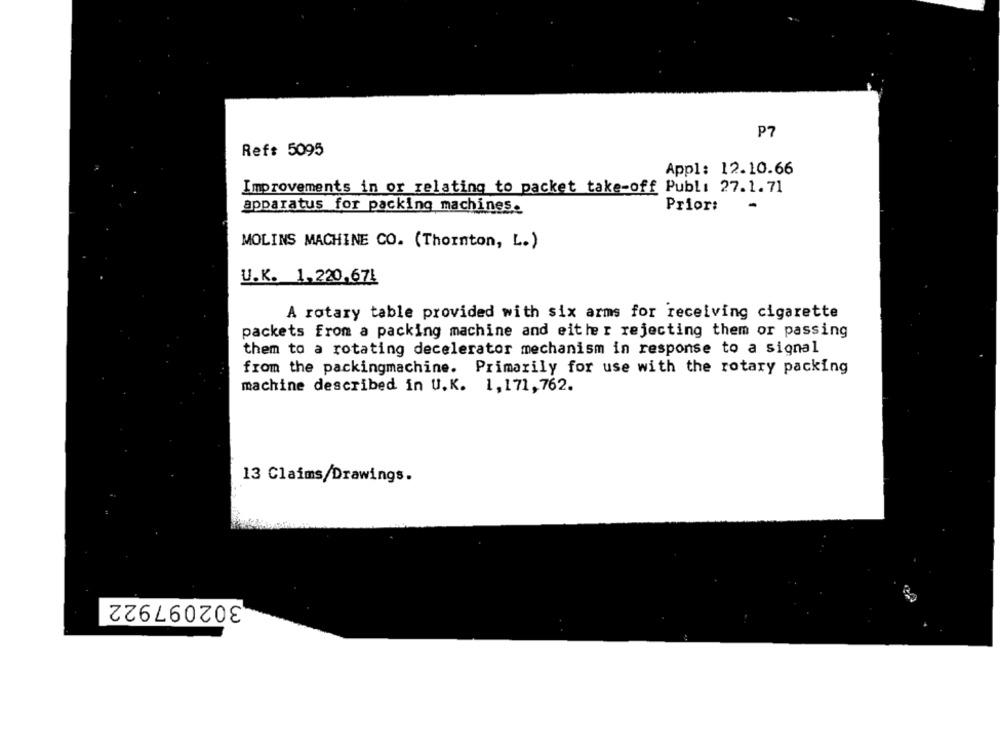
P7
Ref: 5095
Appl: 12.10.66
Improvements in or relating to packet take-off Publi 27.1.71
apparatus for packing machines.
Prior:
MOLINS MACHINE CO. (Thornton, L.)
U.K. 1,220,67Ł
A rotary table provided with six arms for receiving cigarette
packets from a packing machine and either rejecting them or passing
them to a rotating decelerator mechanism in response to a signal
from the packingmachine. Primarily for use with the rotary packing
machine described in U.K. 1,171, 762.
13 Claims/Drawings.
302097922